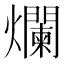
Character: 爛